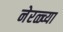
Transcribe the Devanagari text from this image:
नेरळ्च्या